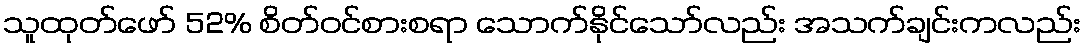
သူထုတ်ဖော် 52% စိတ်ဝင်စားစရာ သောက်နိုင်သော်လည်း အသက်ချင်းကလည်း